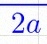
2a